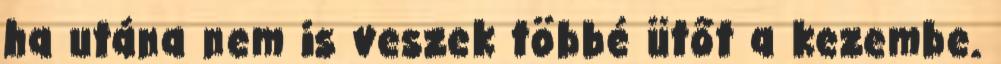
ha utána nem is veszek többé ütőt a kezembe.